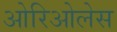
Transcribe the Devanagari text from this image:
ओरिओलेस